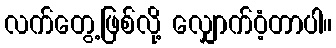
လက်တွေ့ဖြစ်လို့ လျှောက်ဝံ့တာပါ။